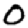
Digit: 0